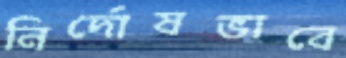
নির্দোষভাবে